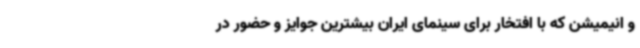
و انیمیشن که با افتخار برای سینمای ایران بیشترین جوایز و حضور در